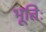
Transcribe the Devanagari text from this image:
भूतिः